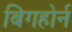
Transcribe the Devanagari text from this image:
बिगहोर्न